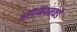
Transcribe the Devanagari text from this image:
जॉर्डेनियनकडे